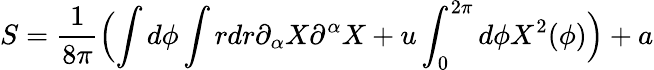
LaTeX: S=\frac{1}{8\pi}\Bigl(\int d\phi\int rdr\partial_{\alpha}X\partial^{\alpha}X+u\int_{0}^{2\pi}d\phi X^{2}(\phi)\Bigr)+a